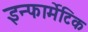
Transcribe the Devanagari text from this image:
इन्फार्मेटिक